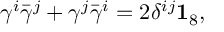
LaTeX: \gamma ^ { i } \bar { \gamma } ^ { j } + \gamma ^ { j } \bar { \gamma } ^ { i } = 2 \delta ^ { i j } { \bf 1 } _ { 8 } ,